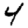
Digit: 4